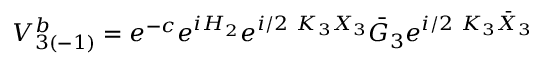
V _ { 3 ( - 1 ) } ^ { b } = e ^ { - c } e ^ { i H _ { 2 } } e ^ { i / 2 \ K _ { 3 } X _ { 3 } } \bar { G } _ { 3 } e ^ { i / 2 \ K _ { 3 } \bar { X } _ { 3 } }